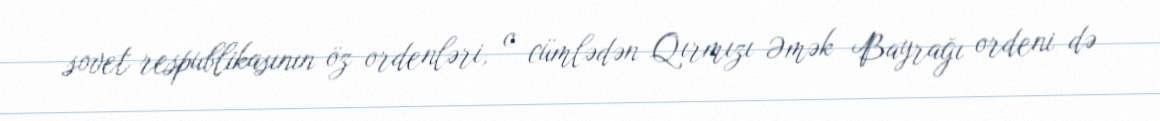
sovet respublikasının öz ordenləri, o cümlədən Qırmızı Əmək Bayrağı ordeni də